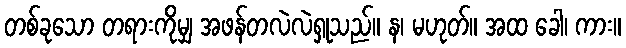
တစ်ခုသော တရားကိုမျှ အဖန်တလဲလဲရှုသည်။ န၊ မဟုတ်။ အထ ခေါ၊ ကား။